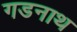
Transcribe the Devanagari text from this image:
गडनाथ